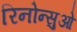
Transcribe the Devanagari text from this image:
रिनोन्सुओ